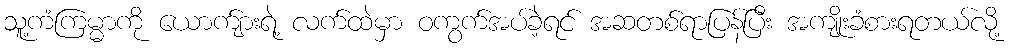
သူ့ကံကြမ္မာကို ယောက်ျားရဲ့ လက်ထဲမှာ ဝကွက်အပ်ခဲ့ရင် အဆတစ်ရာပြန်ပြီး အကျိုးခံစားရတယ်လို့